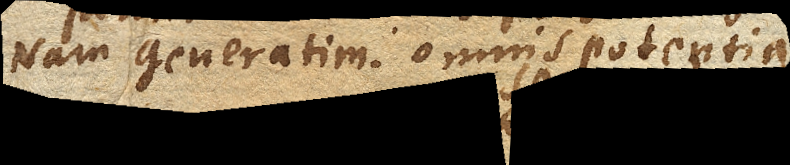
Nam generatim: omnis potentia